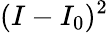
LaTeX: (I-I_{0})^{2}